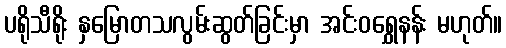
ပရိုသီရိုး နှမြောတသလွမ်းဆွတ်ခြင်းမှာ အင်းဝရွှေနန်း မဟုတ်။